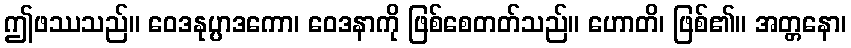
ဤဖဿသည်။ ဝေဒနုပ္ပာဒကော၊ ဝေဒနာကို ဖြစ်စေတတ်သည်။ ဟောတိ၊ ဖြစ်၏။ အတ္တနော၊